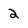
Character: 2